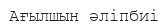
Ағылшын әліпбиі